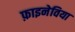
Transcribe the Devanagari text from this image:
फ़ाइनेविया